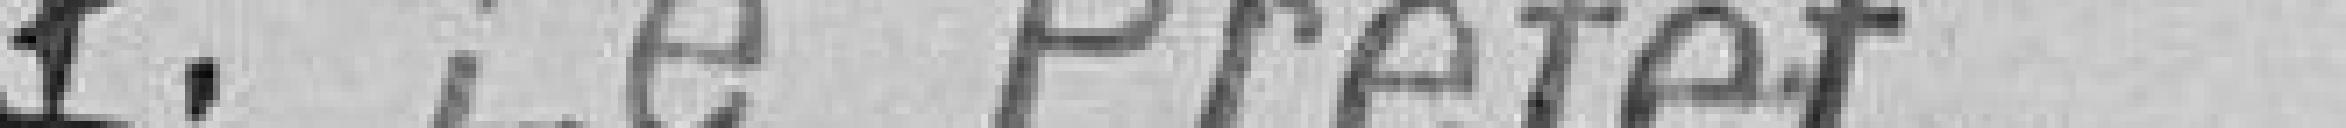
Pour Le Préfet,